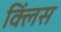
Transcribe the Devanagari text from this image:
क्लिंस